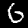
Digit: 6